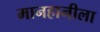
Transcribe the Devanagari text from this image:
मानहानीला